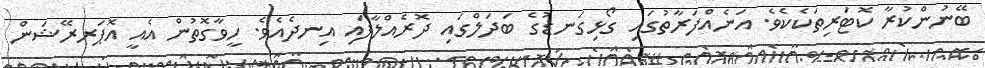
ބޭނުންކުރާ ކޮޓަރިތަކެކެވެ. އަނެއްފަރާތުގައި ގޯޅިގަނޑުގެ ބަދަލްގައި ދޮރެއްލާފައި އިނދެއެވެ. ހީވާގޮތުން އެއީ އޮޕަރރޭޝަން